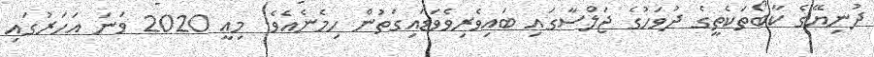
ދުނިޔޭގެ ކާބޯތަކެތީގެ ދުވަހުގެ ޖަލްސާގައި ބައިވެރިވެވަޑައިގަތުން ހިމެނެއެވެ. މިއީ 2020 ވަނަ އަހަރުގައި